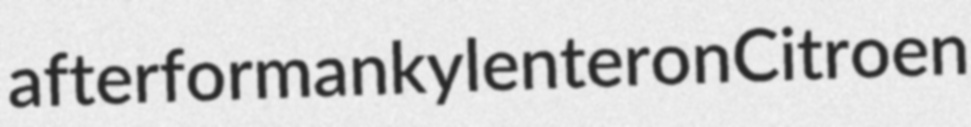
afterform ankylenteron Citroen